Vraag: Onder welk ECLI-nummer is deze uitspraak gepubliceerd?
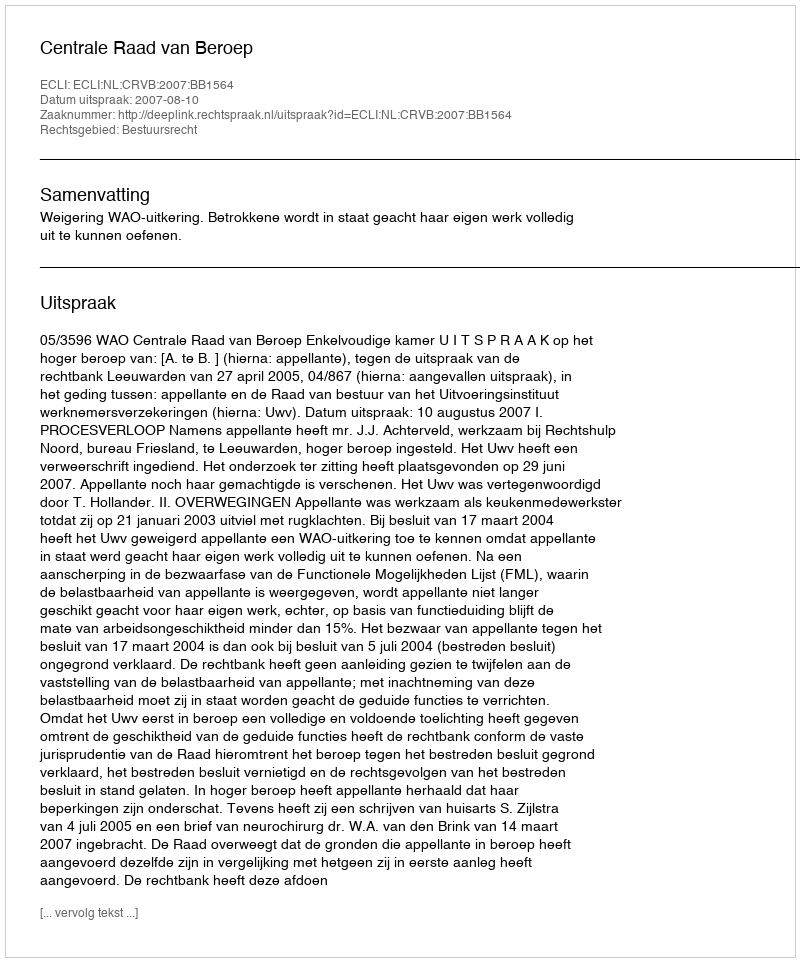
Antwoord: ECLI:NL:CRVB:2007:BB1564